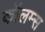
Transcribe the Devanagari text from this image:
कॉलम्स